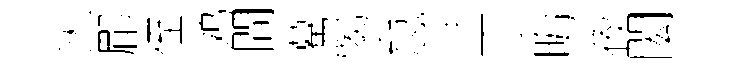
灾郿侄鸡間驀愒怠泮丁晦夜閎